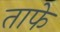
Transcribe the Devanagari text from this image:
ताफे